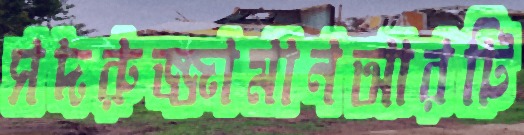
সদরুজ্জামানআরটি